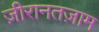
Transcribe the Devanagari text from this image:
ज़ीरानतज़ाम